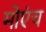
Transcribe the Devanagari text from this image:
मोएंच